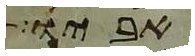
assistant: אביו